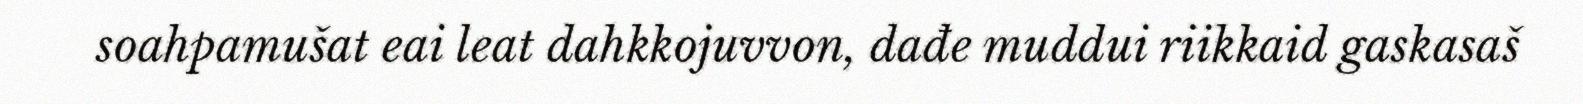
soahpamušat eai leat dahkkojuvvon, dađe muddui riikkaid gaskasaš